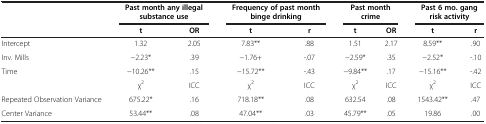
|  | <COLSPAN=2> Past month any illegal substance use | <COLSPAN=2> Frequency of past month binge drinking | <COLSPAN=2> Past month crime | <COLSPAN=2> Past 6 mo. gang risk activity |
 |  | t | OR | t | r | t | OR | t | r |
 | --- | --- | --- | --- | --- | --- | --- | --- | --- |
 | Intercept | 1.32 | 2.05 | 7.83** | .88 | 1.51 | 2.17 | 8.59** | .90 |
 | Inv. Mills | −2.23* | .39 | −1.76+ | -.07 | −2.59* | .35 | −2.52* | -.10 |
 | Time | −10.26** | .15 | −15.72** | -.43 | −9.84** | .17 | −15.16** | -.42 |
 |  | χ2 | ICC | χ2 | ICC | χ2 | ICC | χ2 | ICC |
 | Repeated Observation Variance | 675.22* | .16 | 718.18** | .08 | 632.54 | .08 | 1543.42** | .47 |
 | Center Variance | 53.44** | .08 | 47.04** | .03 | 45.79** | .05 | 19.86 | .00 |